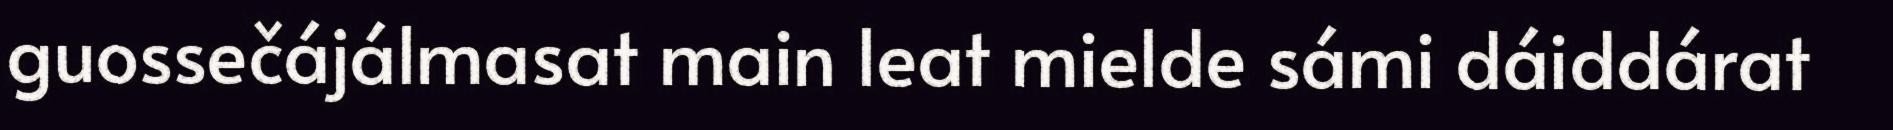
guossečájálmasat main leat mielde sámi dáiddárat